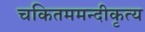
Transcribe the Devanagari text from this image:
चकितममन्दीकृत्य